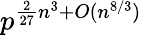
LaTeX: p^{{\frac{2}{27}}n^{3}+O(n^{8/3})}